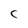
Character: c